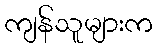
ကျန်သူများက